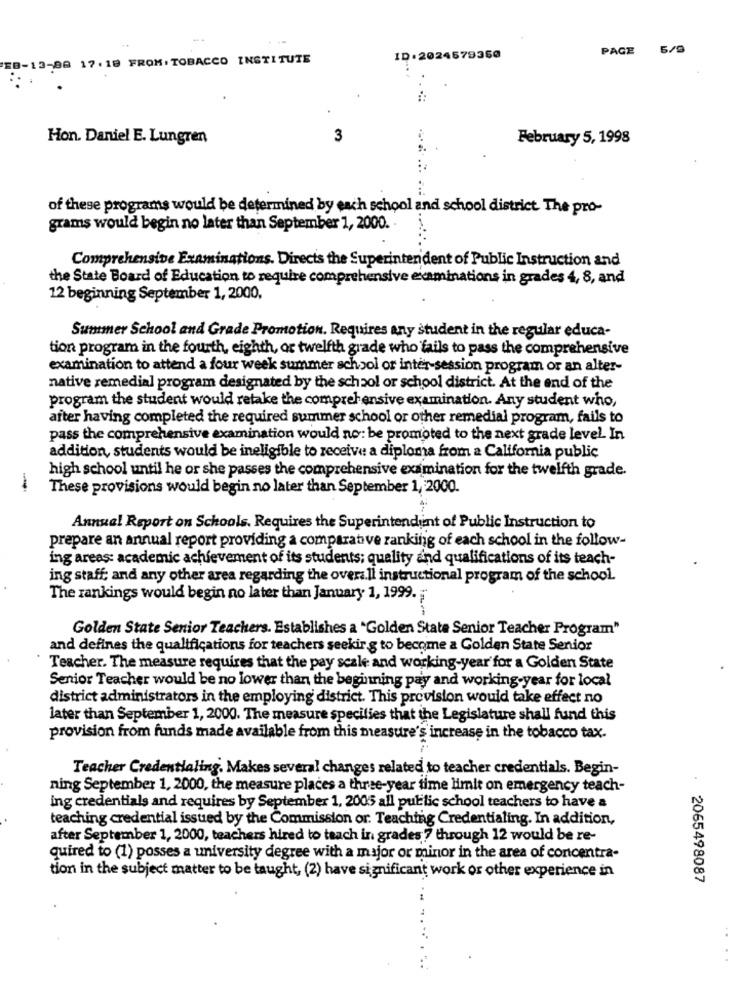
PAGE
5/9
EB-13-88 17.18 FROM: TOBACCO INSTITUTE
ID.2024579360
Hon. Daniel E. Lungren
3
February 5, 1998
of these programs would be determined by each school and school district. The pro-
grams would begin no later than September 1, 2000.
Comprehensive Examinations. Direcis the Superintendent of Public Instruction and
the State Board of Education to require comprehensive examinations in grades 4, 8, and
12 beginning September 1, 2000,
Summer School and Grade Promotion. Requires any student in the regular educa-
tion program in the fourth, eighth, or twelfth grade who fails to pass the comprehensive
examination to attend a four week summer school or inter-session program or an alter-
native remedial program designated by the school or school district. At the end of the
program the student would retake the comprehensive examination. Any student who,
after having completed the required summer school or other remedial program, fails to
pass the comprehensive examination would no: be promoted to the next grade level. In
addition, students would be ineligible to receive a diploma from a California public
high school until he or she passes the comprehensive examination for the twelfth grade.
-
These provisions would begin no later than September 1, 2000.
Annual Report on Schools. Requires the Superintendent of Public Instruction to
prepare an annual report providing a comparative ranking of each school in the follow-
ing areas: academic achievement of its students; quality and qualifications of its teach-
ing staff; and any other area regarding the overall instructional program of the school
The rankings would begin no later than January 1, 1999.
Golden State Senior Teachers. Establishes a "Golden State Senior Teacher Program"
and defines the qualifications for teachers seekir g to become a Golden State Senior
Teacher. The measure requires that the pay scale and working-year for a Golden State
Senior Teacher would be no lower than the beginning pay and working-year for local
district administrators in the employing district. This provision would take effect no
later than September 1, 2000. The measure specifies that the Legislature shall fund this
provision from funds made available from this measure's increase in the tobacco tax.
Teacher Credentialing. Makes several changes related to teacher credentials. Begin-
ning September 1, 2000, the measure places a three-year time limit on emergency teach-
ing credentials and requires by September 1, 2005 all public school teachers to have a
teaching credential issued by the Commission or. Teaching Credentialing. In addition,
after September 1, 2000, teachers hired to teach in grades 7 through 12 would be re-
quired to (1) posses a university degree with a major or minor in the area of concentra-
tion in the subject matter to be taught, (2) have significant work or other experience in
· 2065498087